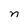
Character: n